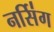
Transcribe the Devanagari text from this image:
नर्सि॑ग